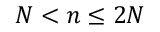
N < n \leq 2 N